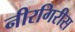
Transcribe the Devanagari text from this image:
नीरगिरीस